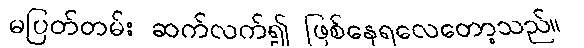
မပြတ်တမ်း ဆက်လက်၍ ဖြစ်နေရလေတော့သည်။